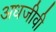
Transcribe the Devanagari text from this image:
अधजीवी